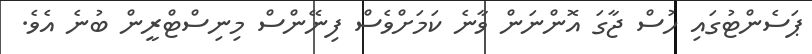
ޕަސެންޓުގައި ހުސް ޖާގަ އޮންނަން ވާނެ ކަމަށްވެސް ފިނޭންސް މިނިސްޓްރީން ބުނެ އެވެ.